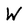
Character: W